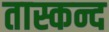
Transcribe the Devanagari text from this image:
तास्कन्द